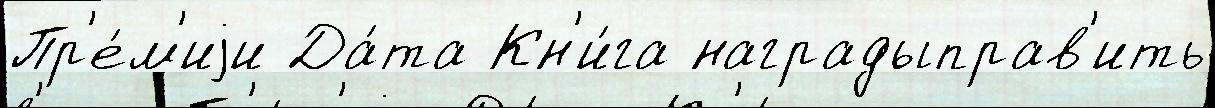
Пр'е́м'иjи Да́та Кн'и́га наградыправ'ить